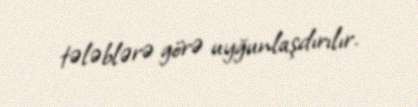
tələblərə görə uyğunlaşdırılır.